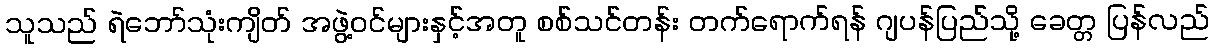
သူသည် ရဲဘော်သုံးကျိတ် အဖွဲ့ဝင်များနှင့်အတူ စစ်သင်တန်း တက်ရောက်ရန် ဂျပန်ပြည်သို့ ခေတ္တ ပြန်လည်